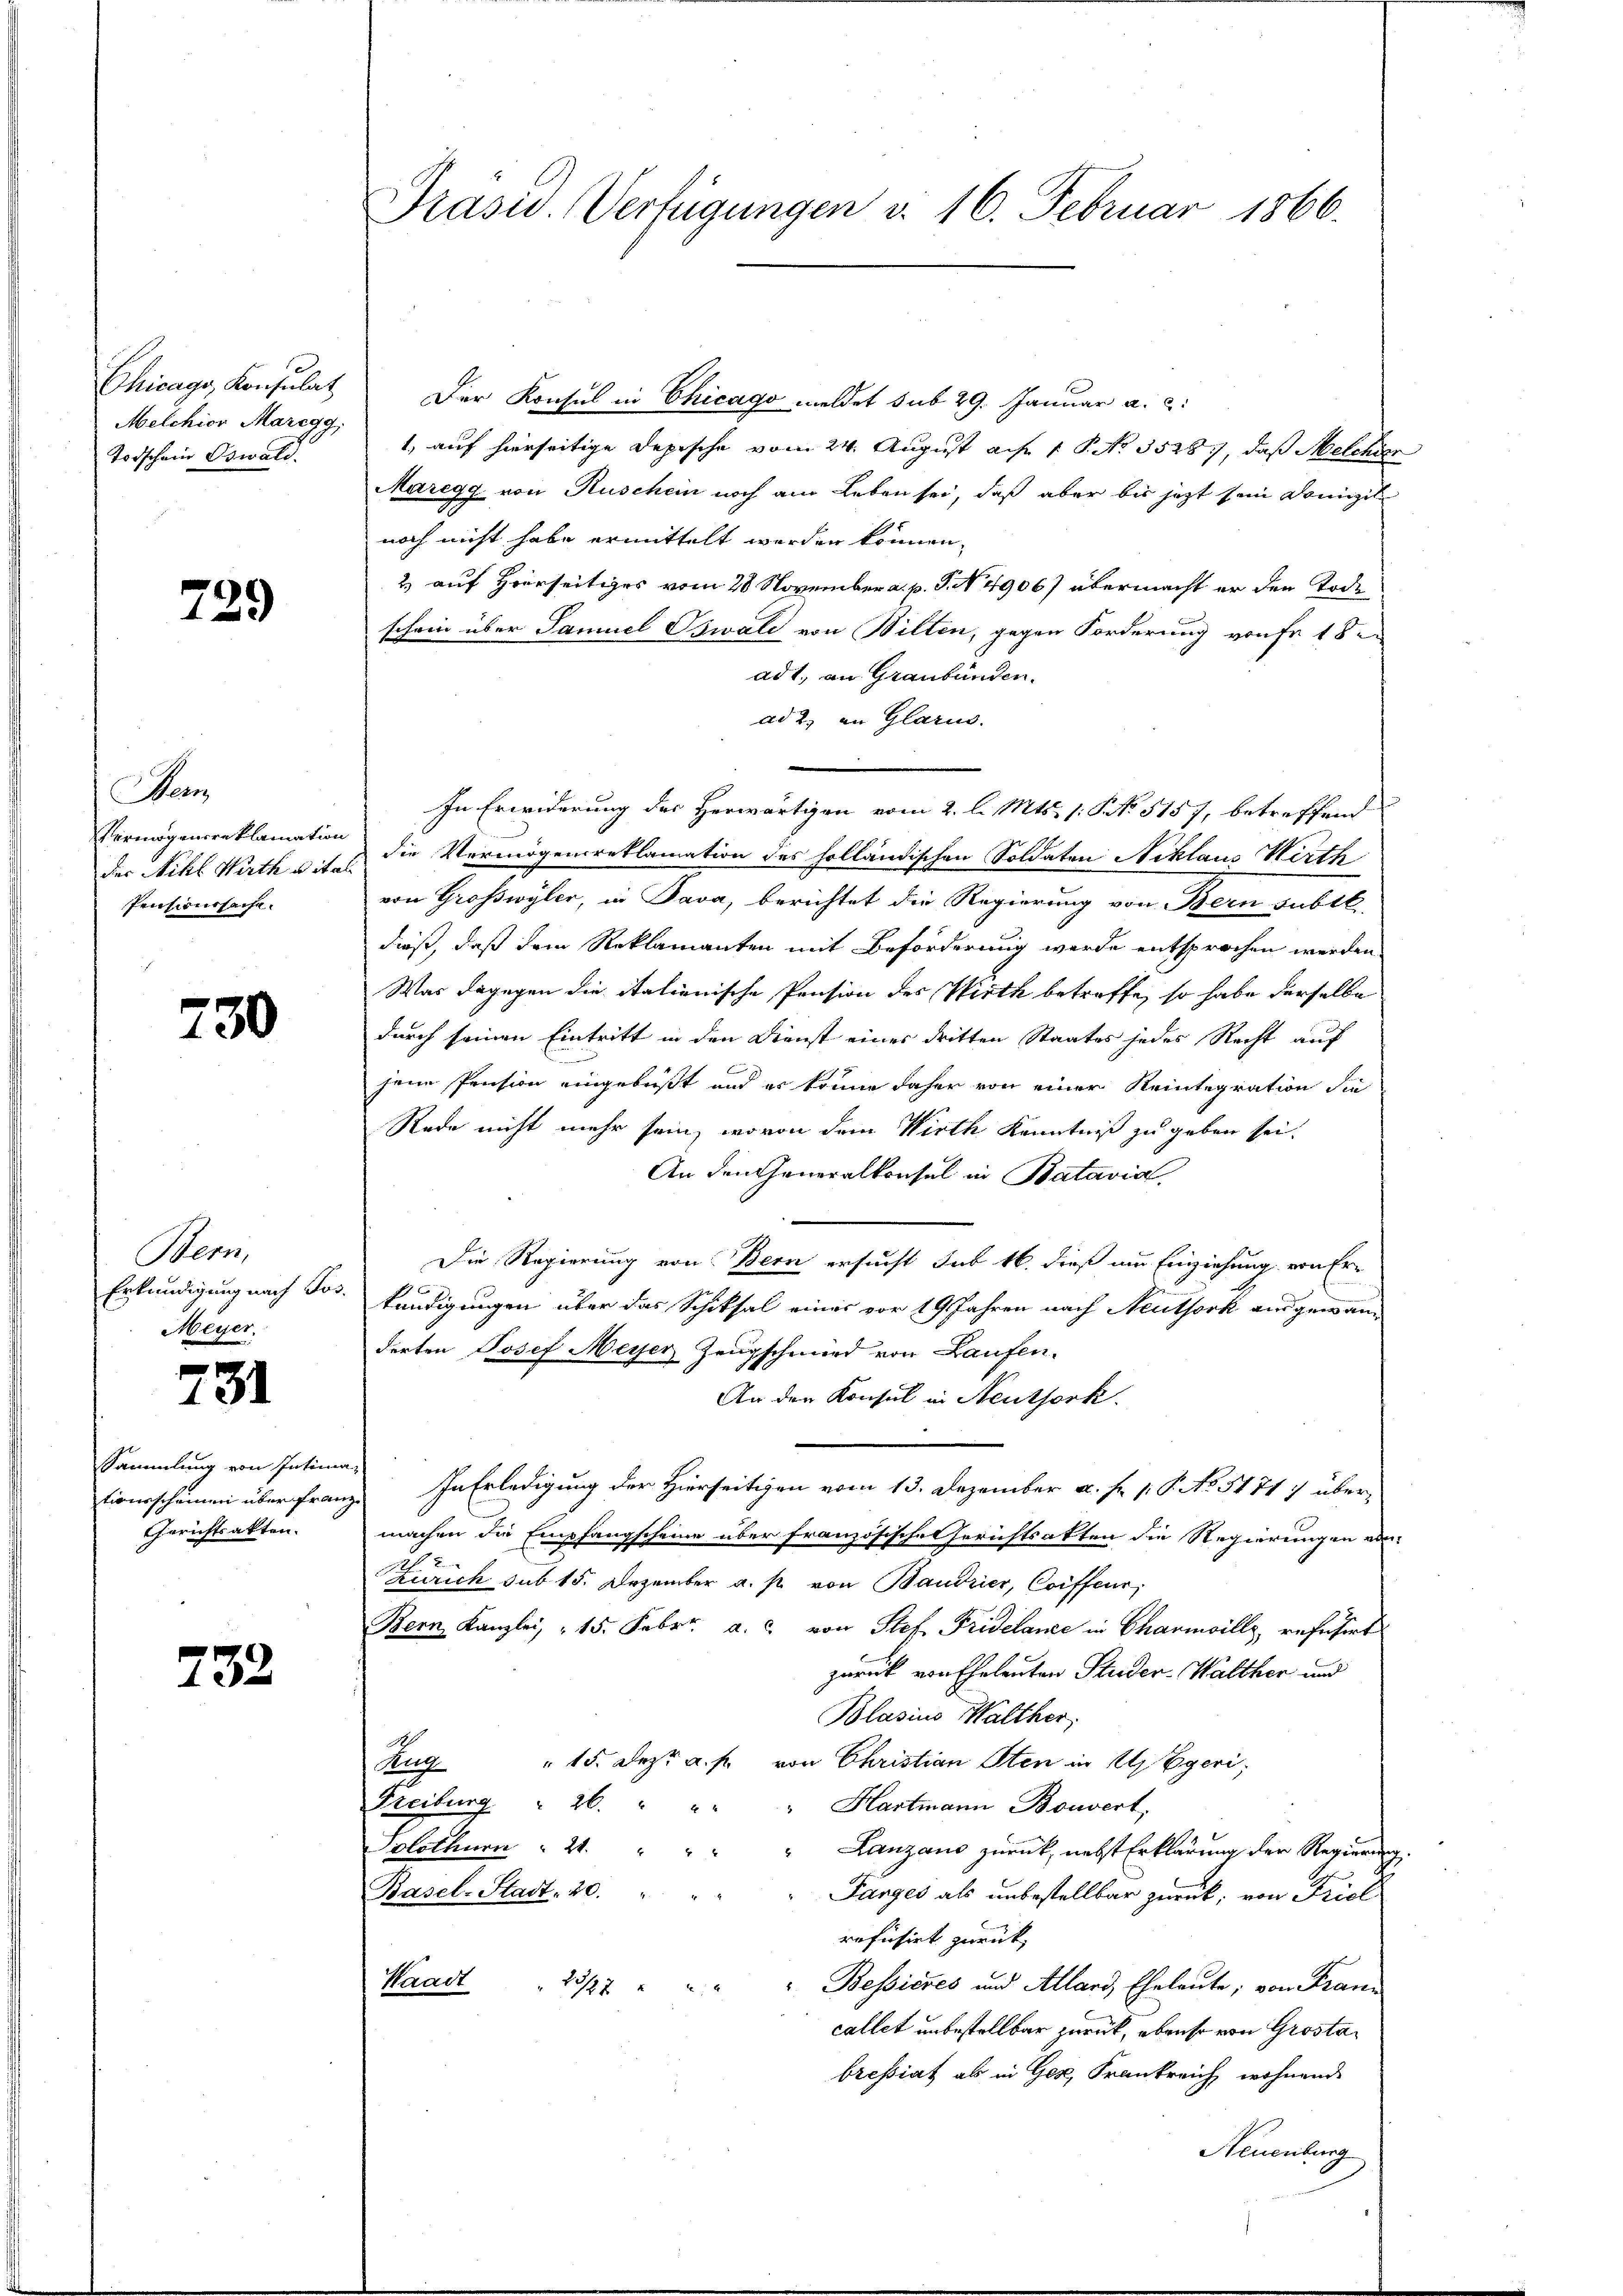
Chicago, Konsulat
Melchior Maregg,
Todschein Oswald.

729

Ban
Vermögensreklamation
der Nikl. Nath d itali
Penteursache.

730

Bern,
Erkundigung nach Jos.
Meyer.

731

ssammlung von Intima.
tionsscheinen über Franz
Gerichtsakten.

732

Präsid. Verfügungen v. 16. Februar 1866.

Der Konsul in Chicago meldet sub 29. Januar a. c.
1, auf hierseitige Depische vom 24. August ad 1. P. No. 35287, daß Melcher
Maregg von Ruschein noch am Leben sei, daß aber bis jetzt sein Domizil
noch nicht habe ermittelt werden können,
2 auf Hierseitiges vom 28 November a. p. G. No. 4906) übermacht er den Tode
schon über Samuel Oswald von Wilten, gegen Forderung von Fr. 18
ad 1., an Graubünden.
ad 2., in Glarus.
In Erwiderung des Herwärtigen vom 2. l. Mts. 1. No. 5157, betreffend
die Vermögensreklamation des holländischen Soldaten Niklaus Wirth
von Großwyler, in Java, berichtet die Regierung von Bern subit.
dieß, daß dem Reklamanten mit Beförderung werde entsprochen werden
Was dagegen die italienische Pension des Wirth betreffe, so habe derselbe
durch seinen Eintritt in den Dienst eines dritten Staates jedes Recht auf
jene Pension eingebüßt und es könne daher von einer Reintegration die
Rede nicht mehr sein, wovon dem Wirth Kenntniß zu geben sei.
An den Generalkonsul in Batavia,
Die Regierung von Bern ersucht sub 16. dieß um Einziehung von Er-
kundigungen über das Schiksal eines vor 19 Jahren nach Neuthork ausgewanderten Josef Meyer Zeugschmied von Laufen.
An den Konsul in Neuthork
In Erledigung der Hierseitigen vom 13. Dezember a. f. 1 P. No. 51717 übermachen die Empfangscheine über französische Gerichtsakten die Regierungen ein¬
Zürich sub 15. Dezember a. p. von Baudrier, Coiffeur,
Bern Kanzlei, „ 15. Febr. a. c. von Stef Fridelance in Charmoillz, refusert
zurück von Eheleuten Studer-Walther und
Blasius Walther,
Zug " 15. Dez. a. p. von Christian Sten in Egeri
Freiburg  26.
" Hartmann Bouvert
Solothurn " 21. "
"Lanzaus zurück, nebst Erklärung der Regierung
Basel-Stadt. 20.
Farges als unbestellbar zurück, von Friel
refüsirt zurück,
Bessieres und Allard, Eheleute; von Franz
Waadt " 23/27
callet unbestellbar zurück, ebenso von Grostabressiat als in Gez, Frankreich wohnende
Neuenburg